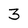
Character: 3